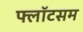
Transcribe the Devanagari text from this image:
फ्लॉटसम